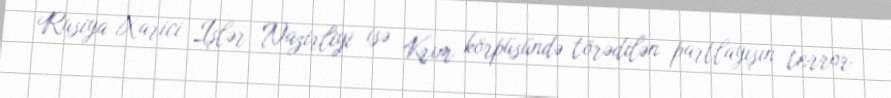
Rusiya Xarici İşlər Nazirliyi isə Krım körpüsündə törədilən partlayışın terror